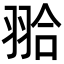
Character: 𦐬